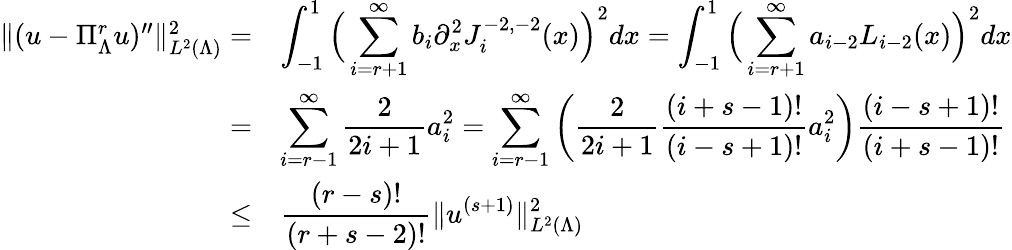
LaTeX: \begin{array}{rl}{\| (u-\Pi_{\Lambda}^{r}u)^{\prime\prime}\| _{L^{2}(\Lambda)}^{2}=}&{\displaystyle\int_{-1}^{1}\Big(\displaystyle\sum_{i=r+1}^{\infty}b_{i}\partial_{x}^{2}J_{i}^{-2,-2}(x)\Big)^{2}dx=\displaystyle\int_{-1}^{1}\Big(\displaystyle\sum_{i=r+1}^{\infty}a_{i-2}L_{i-2}(x)\Big)^{2}dx}\\ {=}&{\displaystyle\sum_{i=r-1}^{\infty}\displaystyle\frac{2}{2i+1}a_{i}^{2}=\displaystyle\sum_{i=r-1}^{\infty}\left(\displaystyle\frac{2}{2i+1}\displaystyle\frac{(i+s-1)!}{(i-s+1)!}a_{i}^{2}\right)\displaystyle\frac{(i-s+1)!}{(i+s-1)!}}\\ {\le}&{\displaystyle\displaystyle\frac{(r-s)!}{(r+s-2)!}\| u^{(s+1)}\| _{L^{2}(\Lambda)}^{2}}\end{array}